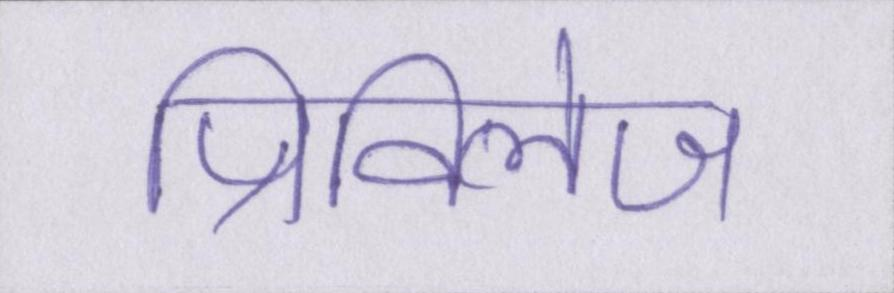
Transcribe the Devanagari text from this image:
प्रिविलेज